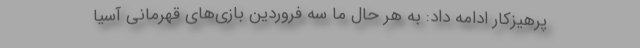
پرهیزکار ادامه داد: به هر حال ما سه فروردین بازی‌های قهرمانی آسیا